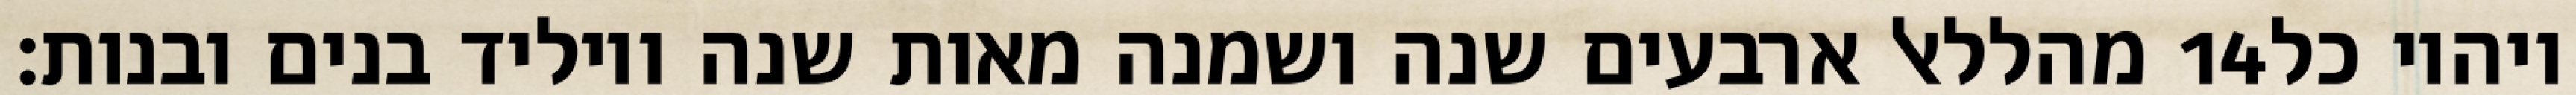
מהללאל ארבעים שנה ושמנה מאות שנה ויוליד בנים ובנות׃ ‎14‏ ויהיו כל